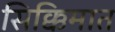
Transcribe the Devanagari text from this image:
सिक्किमात